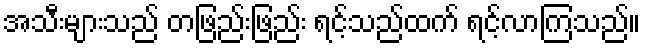
အသီးများသည် တဖြည်းဖြည်း ရင့်သည်ထက် ရင့်လာကြသည်။